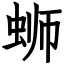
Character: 蛳